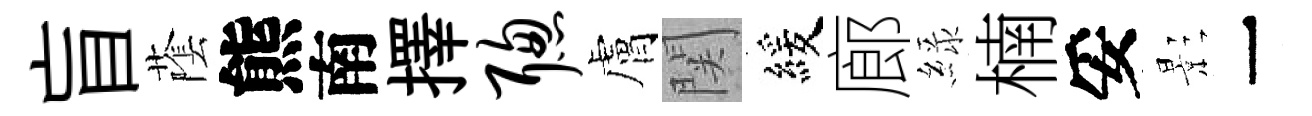
盲䕃熊南擇聪膚関緩廊緑楠妥影一